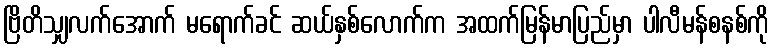
ဗြိတိသျှလက်အောက် မရောက်ခင် ဆယ်နှစ်လောက်က အထက်မြန်မာပြည်မှာ ပါလီမန်စနစ်ကို